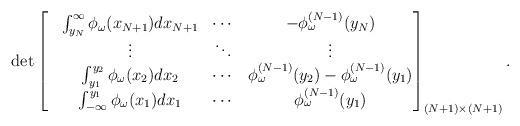
LaTeX: \begin{align*}\det \begin{bmatrix}&\int_{y_N}^{\infty}\phi_{\omega}(x_{N+1})dx_{N+1}&\cdots&-\phi^{(N-1)}_{\omega}(y_N)\\&\vdots&\ddots&\vdots\\&\int_{y_1}^{y_2}\phi_{\omega}(x_2)dx_2&\cdots&\phi^{(N-1)}_{\omega}(y_2)-\phi^{(N-1)}_{\omega}(y_1)\\&\int_{-\infty}^{y_1}\phi_{\omega}(x_1)dx_1&\cdots&\phi^{(N-1)}_{\omega}(y_1)\end{bmatrix}_{(N+1) \times (N+1)}.\end{align*}